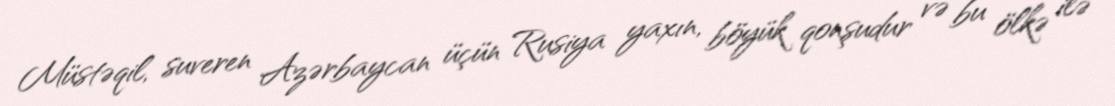
Müstəqil, suveren Azərbaycan üçün Rusiya yaxın, böyük qonşudur və bu ölkə ilə